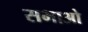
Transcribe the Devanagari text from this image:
सभाओ